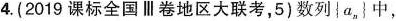
4.(2019课标全国Ⅱ卷地区大联考，5)数列|a，}中，